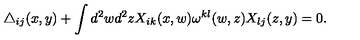
\triangle _ { i j } ( x , y ) + \int d ^ { 2 } w d ^ { 2 } z X _ { i k } ( x , w ) \omega ^ { k l } ( w , z ) X _ { l j } ( z , y ) = 0 .